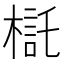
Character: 𣘄